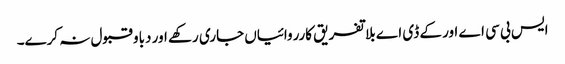
ایس بی سی اے اور کے ڈی اے بلا تفریق کارروائیاں جاری رکھے اور دباو قبول نہ کرے۔